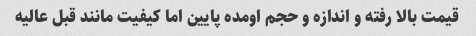
قیمت بالا رفته و اندازه و حجم اومده پایین اما کیفیت مانند قبل عالیه